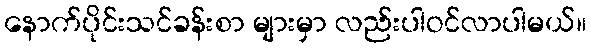
နောက်ပိုင်းသင်ခန်းစာ များမှာ လည်းပါဝင်လာပါမယ်။